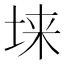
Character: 𱖬